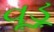
વૂડૂ